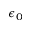
\epsilon _ { 0 }